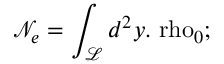
\mathcal { N } _ { e } = \int _ { \mathcal { L } } d ^ { 2 } y . \mathrm { \ r h o } _ { 0 } \mathrm { ; \quad }